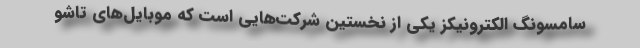
سامسونگ الکترونیکز یکی از نخستین شرکت‌هایی است که موبایل‌های تاشو